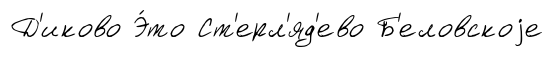
Д'иково Э́то Ст'ерл'яд'ево Б'еловскоjе